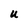
Character: u